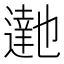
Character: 𮟉